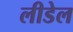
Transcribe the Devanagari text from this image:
लीडेल